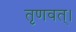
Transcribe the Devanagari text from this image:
तृणवत्।